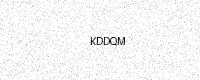
Text: KDDQM